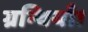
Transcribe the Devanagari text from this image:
ग्रन्थियाँ।